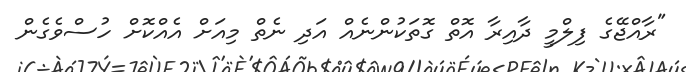
"ރާއްޖޭގެ ފިލްމީ ދާއިރާ އޮތް ގޮތަކުންނެއް އަދި ނެތް މިއަށް އެއްކޮށް ހުސްވެގެން